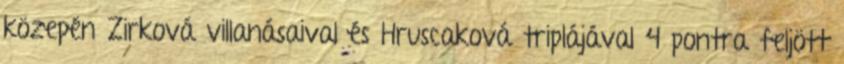
közepén Zirková villanásaival és Hruscaková triplájával 4 pontra feljött